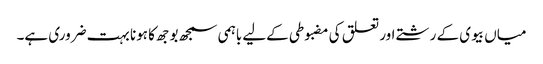
میاں بیوی کے رشتے اور تعلق کی مضبوطی کےلیے باہمی سمجھ بوجھ کا ہونا بہت ضروری ہے۔